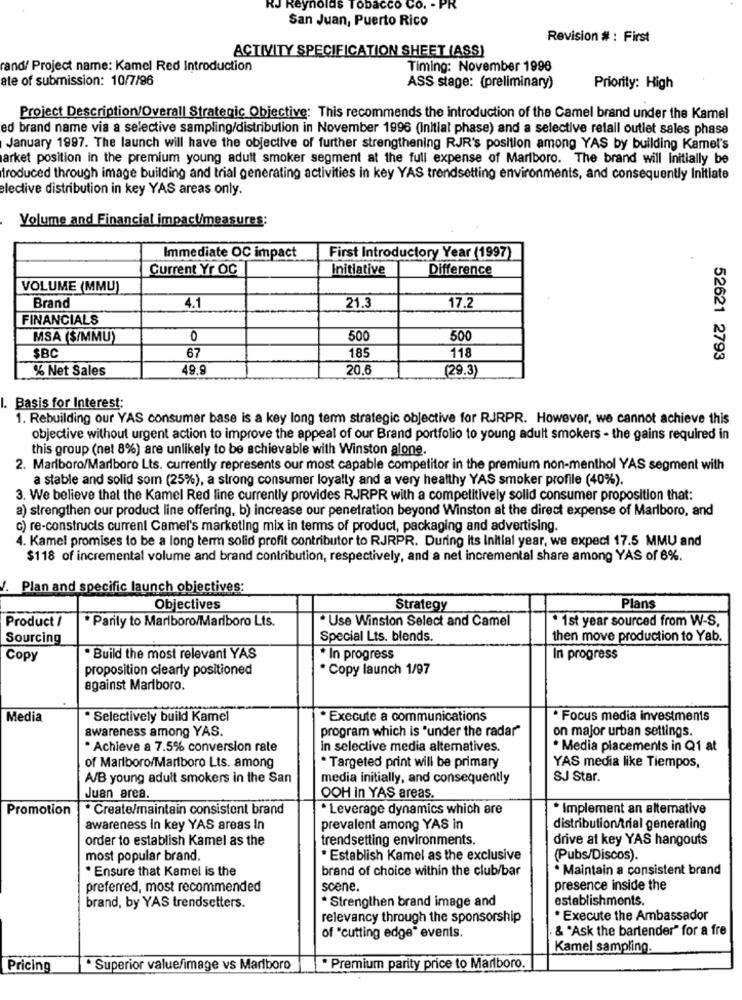
RJ Reynolds Tobacco Co.
San Juan, Puerto Rico
Revision # : First
ACTIVITY SPECIFICATION SHEET (ASS)
rand/ Project name: Kamel Red Introduction
Timing: November 1996
ate of submission: 10/7/96
ASS stage: (preliminary)
Priority: High
Project Description/Overall Strategic Objective: This recommends the introduction of the Camel brand under the Kamel
ed brand name via a selective sampling/distribution in November 1996 (initial phase) and a selective relall outlet sales phase
January 1997. The launch will have the objective of further strengthening RJR's position among YAS by building Kamel's
arket position in the premium young adult smoker segment at the full expense of Marlboro. The brand will Initially be
troduced through image building and trial generating activities in key YAS trendsetting environments, and consequently Initiate
elective distribution in key YAS areas only.
Volume and Financial impactmeasures:
Immediate OC impact
First Introductory Year (1997)
Current Yr OC
Initiative
Difference
VOLUME (MMU)
Brand
4.1
21.3
17.2
FINANCIALS
MSA (S/MMU)
0
500
50
185
118
SBC
67
52621 2793
% Net Sales
49,9
20,6
(29.3)
Basis for Interest;
1. Rebuilding our YAS consumer base is a key long term strategic objective for RJRPR. However, we cannot achieve this
objective without urgent action to improve the appeal of our Brand portfolio to young adult smokers - the gains required in
this group (net 8%) are unlikely to be achievable with Winston alone.
2. Marlboro/Marlboro Lts. currently represents our most capable competitor in the premium non-menthol YAS segment with
a stable and solid som (25%), a strong consumer loyalty and a very healthy YAS smoker profile (40%).
3. We believe that the Kamel Red line currently provides RJRPR with a competitively solid consumer proposition that:
a) strengthen our product line offering, b) increase our penetration beyond Winston at the direct expense of Marlboro, and
c) re-construcis current Camel's marketing mix in terms of product, packaging and advertising.
4. Kamel promises to be a long term solid profit contributor to RJRPR. During its Initial year, we expect 17.5 MMU and
$118 of incremental volume and brand contribution, respectively, and a net incremental share among YAS of 6%.
V. Plan and specific launch objectives:
Objectives
Strategy
Plans
Product /
*Use Winston Select and Camel
· 1st year sourced from W-S.
·Parity to Marlboro/Mariboro Lts.
Sourcing
Special Lts. blends.
then move production to Yab.
Copy
. Build the most relevant YAS
* In progress
In progress
proposition clearly positioned
. Copy launch 1/97
against Marlboro.
Media
· Selectively build Kamel
· Execute a communications
· Focus media investments
awareness among YAS.
program which is "under the radar"
on major urban settings.
· Achieve a 7.5% conversion rate
in selective media altematives.
. Media placements in Q1 at
. Targeted print will be primary
of Marlboro/Marlboro Lts. among
YAS media like Tiempos,
A/B young adult smokers in the San
media initially, and consequently
SJ Star.
Juan area.
OOH in YAS areas.
Promotion
* Create/maintain consistent brand
· Leverage dynamics which are
* Implement an altemative
awareness In key YAS areas In
prevalent among YAS in
distribution/trial generating
order to establish Kamel as the
trendsetting environments.
drive at key YAS hangouts
most popular brand.
* Establish Kamel as the exclusive
(Pubs/Discos)
* Ensure that Kamel is the
brand of choice within the club/bar
· Maintain a consistent brand
preferred, most recommended
scene.
presence inside the
· Strengthen brand image and
establishments.
brand, by YAS trendsetters.
relevancy through the sponsorship
* Execute the Ambassador
& 'Ask the bartender" for a fre
of "cutting edge" events.
Kamel sampling.
Pricing
* Superior value/image vs Marlboro
Premium parity price to Marlboro.